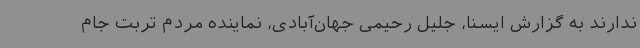
ندارند به گزارش ایسنا، جلیل رحیمی جهان‌آبادی، نماینده مردم تربت جام